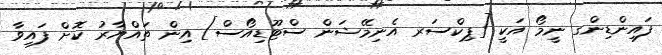
ފައިންޑިންގ ނީމޯ އަކީ [ޕިކްސަރ އެނިމޭޝަން ސްޓޫޑިއޯސް] އިން ތައްޔާރު ކޮށް ފައިވާ